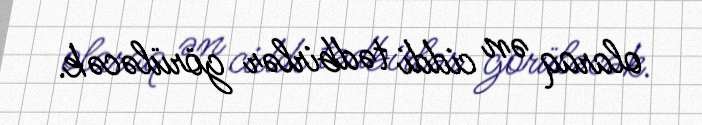
olaraq ən ciddi tədbirlər görüləcək.